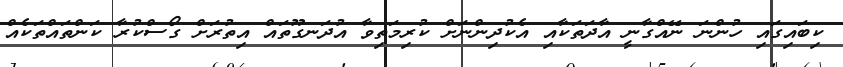
ކިބައިގައި ހުންނަ ނޭއްގާނީ އާދަތަކާއި އެކުދިންނަށް ކުރިމަތިވާ އުދަނގޫތައް އިތުރަށް ގޯސްކުރާ ކަންތައްތަކެއް